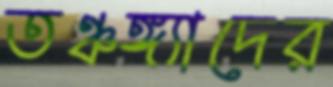
তঞ্চঙ্গ্যাদের